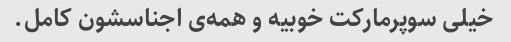
خیلی سوپرمارکت خوبیه و همه‌ی اجناسشون کامل.